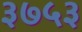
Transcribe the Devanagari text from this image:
३७५३